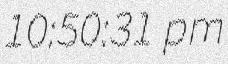
10:50:31 pm